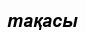
тақасы